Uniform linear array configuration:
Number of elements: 24
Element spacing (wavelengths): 0.75
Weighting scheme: hann
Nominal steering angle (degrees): -15
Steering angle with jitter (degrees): -16.027
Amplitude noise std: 0.05
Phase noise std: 0.05

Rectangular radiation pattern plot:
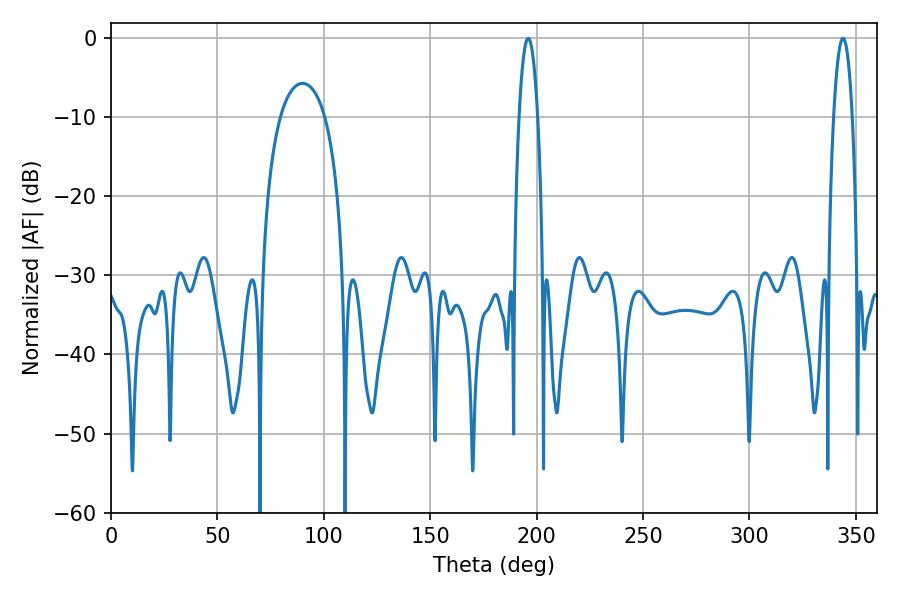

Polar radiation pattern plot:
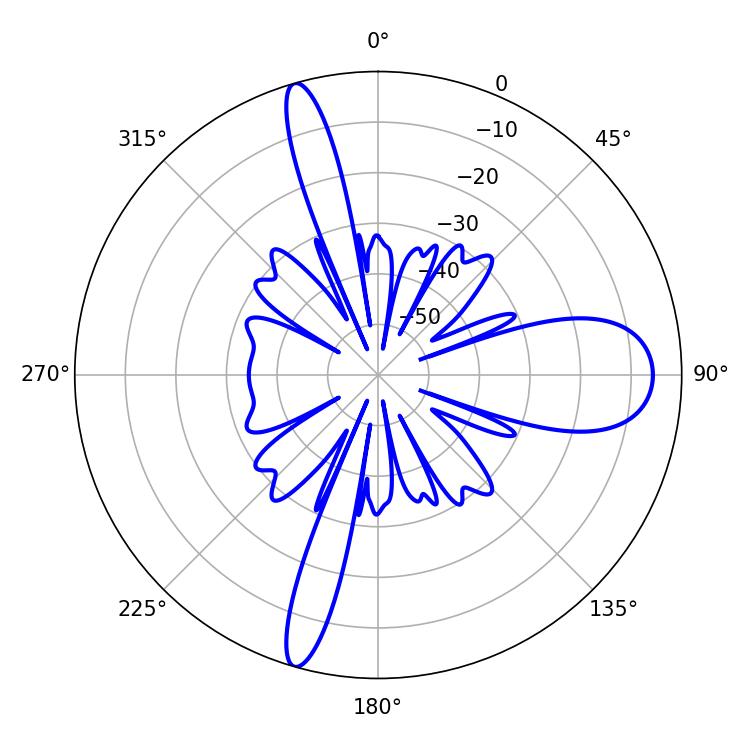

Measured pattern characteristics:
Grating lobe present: TRUE
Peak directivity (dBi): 17.762
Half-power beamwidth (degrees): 4.86
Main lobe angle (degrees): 196.02